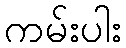
ကမ်းပါး